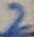
Text: 2